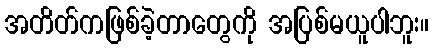
အတိတ်ကဖြစ်ခဲ့တာတွေကို အပြစ်မယူပါဘူး။